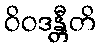
ဝိဝဒန္တီတိ